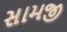
સામજી